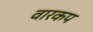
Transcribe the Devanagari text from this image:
वारकप